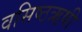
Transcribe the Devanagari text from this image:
वसिष्ठऋषी